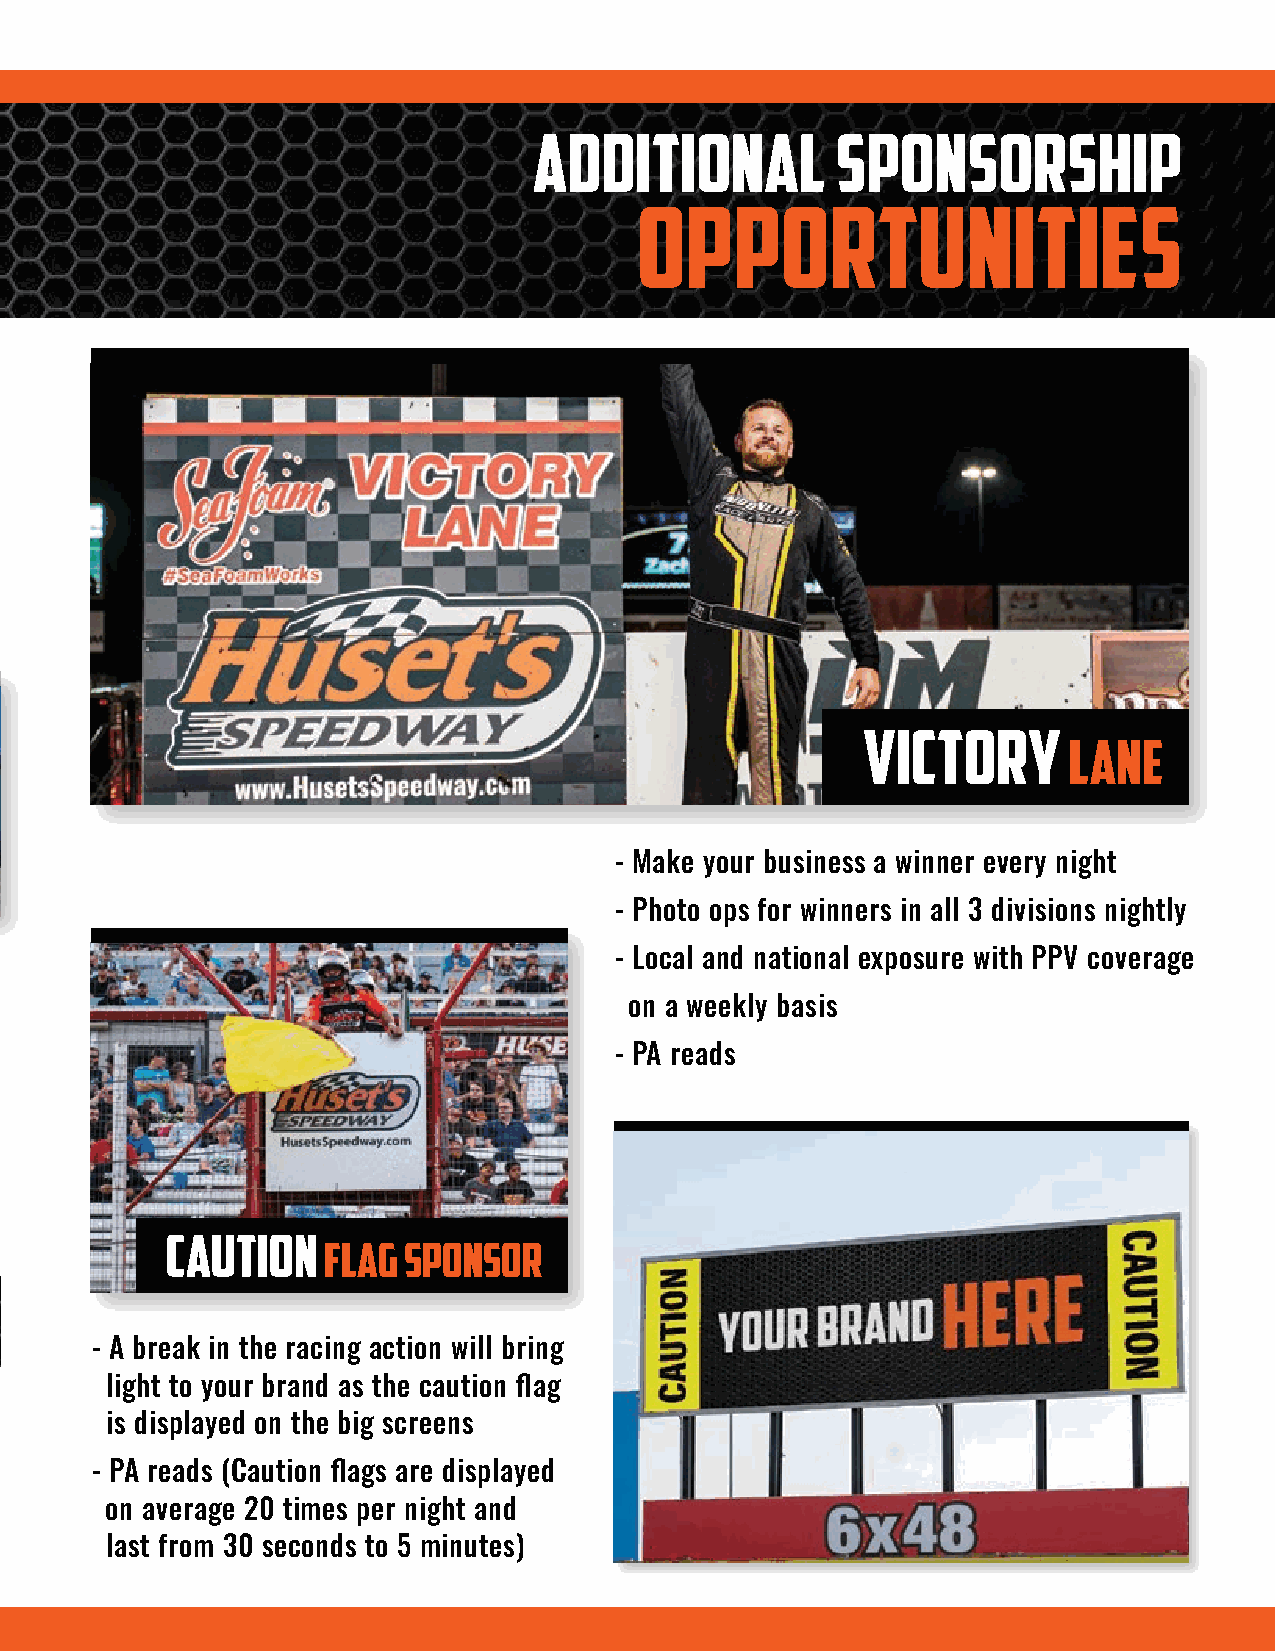
additional sponsorship             additional          sponsorship
 opportunities                             opportunities
 Pace truck
 - Watch your brand out front every
 night, both on the racetrack and on
 PPV
 - PA mentions each night
 victory
 lane
 - Make your business a winner every night
 - Photo ops for winners in all 3 divisions nightly
 - The Huset’s pace truck is also the     - Local and national exposure with PPV coverage
 traveling promo vehicle
 on a weekly basis
 - Local and national tradeshows
 - PA reads
 - This truck travels to numerous races
 around the country
 - Events in the Upper Midwest
 caution
 flag  sponsor
 - A break in the racing action will bring
 light to your brand as the caution flag
 - Your brand will be in the spotlight all night long
 is displayed on the big screens
 - Fans will be focused on the flagstand as calls
 - PA reads (Caution flags are displayed
 flag are made and drivers race to the checkered flag
 stand  on average 20 times per night and
 last from 30 seconds to 5 minutes)